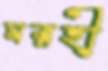
ঘরহী